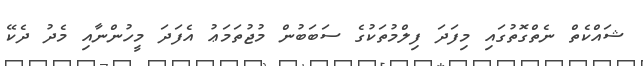
ޝައްކެތް ނެތްގޮތުގައި މިފަދަ ފިލްމުތަކުގެ ސަބަބުން މުޖުތަމަޢު އެފަދަ މީހުންނާއި މެދު ދެކޭ